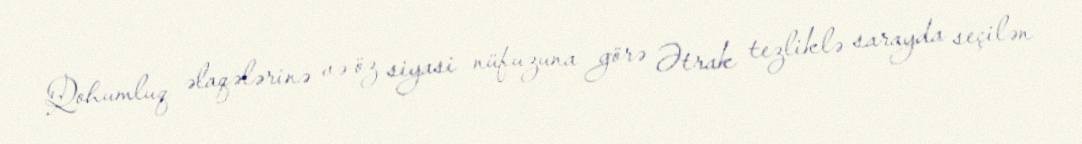
Qohumluq əlaqələrinə və öz siyasi nüfuzuna görə Ətrak tezliklə sarayda seçilən